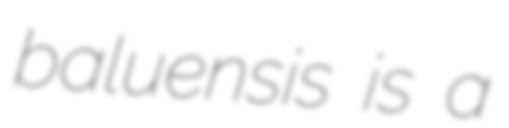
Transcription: baluensis is a